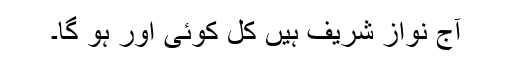
آج نواز شریف ہیں کل کوئی اور ہو گا۔